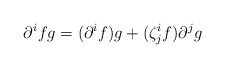
\begin{align*}\partial^{i} fg=(\partial^{i} f)g+(\zeta^{i}_{j} f)\partial^{j}g\end{align*}